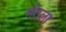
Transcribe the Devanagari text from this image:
भेंटला